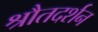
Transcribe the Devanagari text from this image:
श्रौतदर्शन